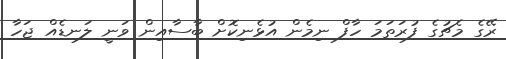
ރޭގެ މެޗުގެ ފުރަތަމަ ހާފް ނިމެން އުޅެނިކޮށް ބާސާއިން ވަނީ ލަނޑެއް ޖަހާ